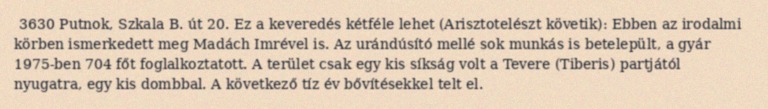
3630 Putnok, Szkala B. út 20. Ez a keveredés kétféle lehet (Arisztotelészt követik): Ebben az irodalmi körben ismerkedett meg Madách Imrével is. Az urándúsító mellé sok munkás is betelepült, a gyár 1975-ben 704 főt foglalkoztatott. A terület csak egy kis síkság volt a Tevere (Tiberis) partjától nyugatra, egy kis dombbal. A következő tíz év bővítésekkel telt el.